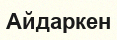
Айдаркен